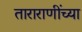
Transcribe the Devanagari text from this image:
ताराराणींच्या